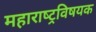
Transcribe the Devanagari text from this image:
महाराष्‍ट्रविषयक